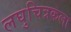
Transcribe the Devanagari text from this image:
लघुचित्रकला